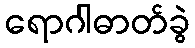
ရောဂါဓာတ်ခွဲ